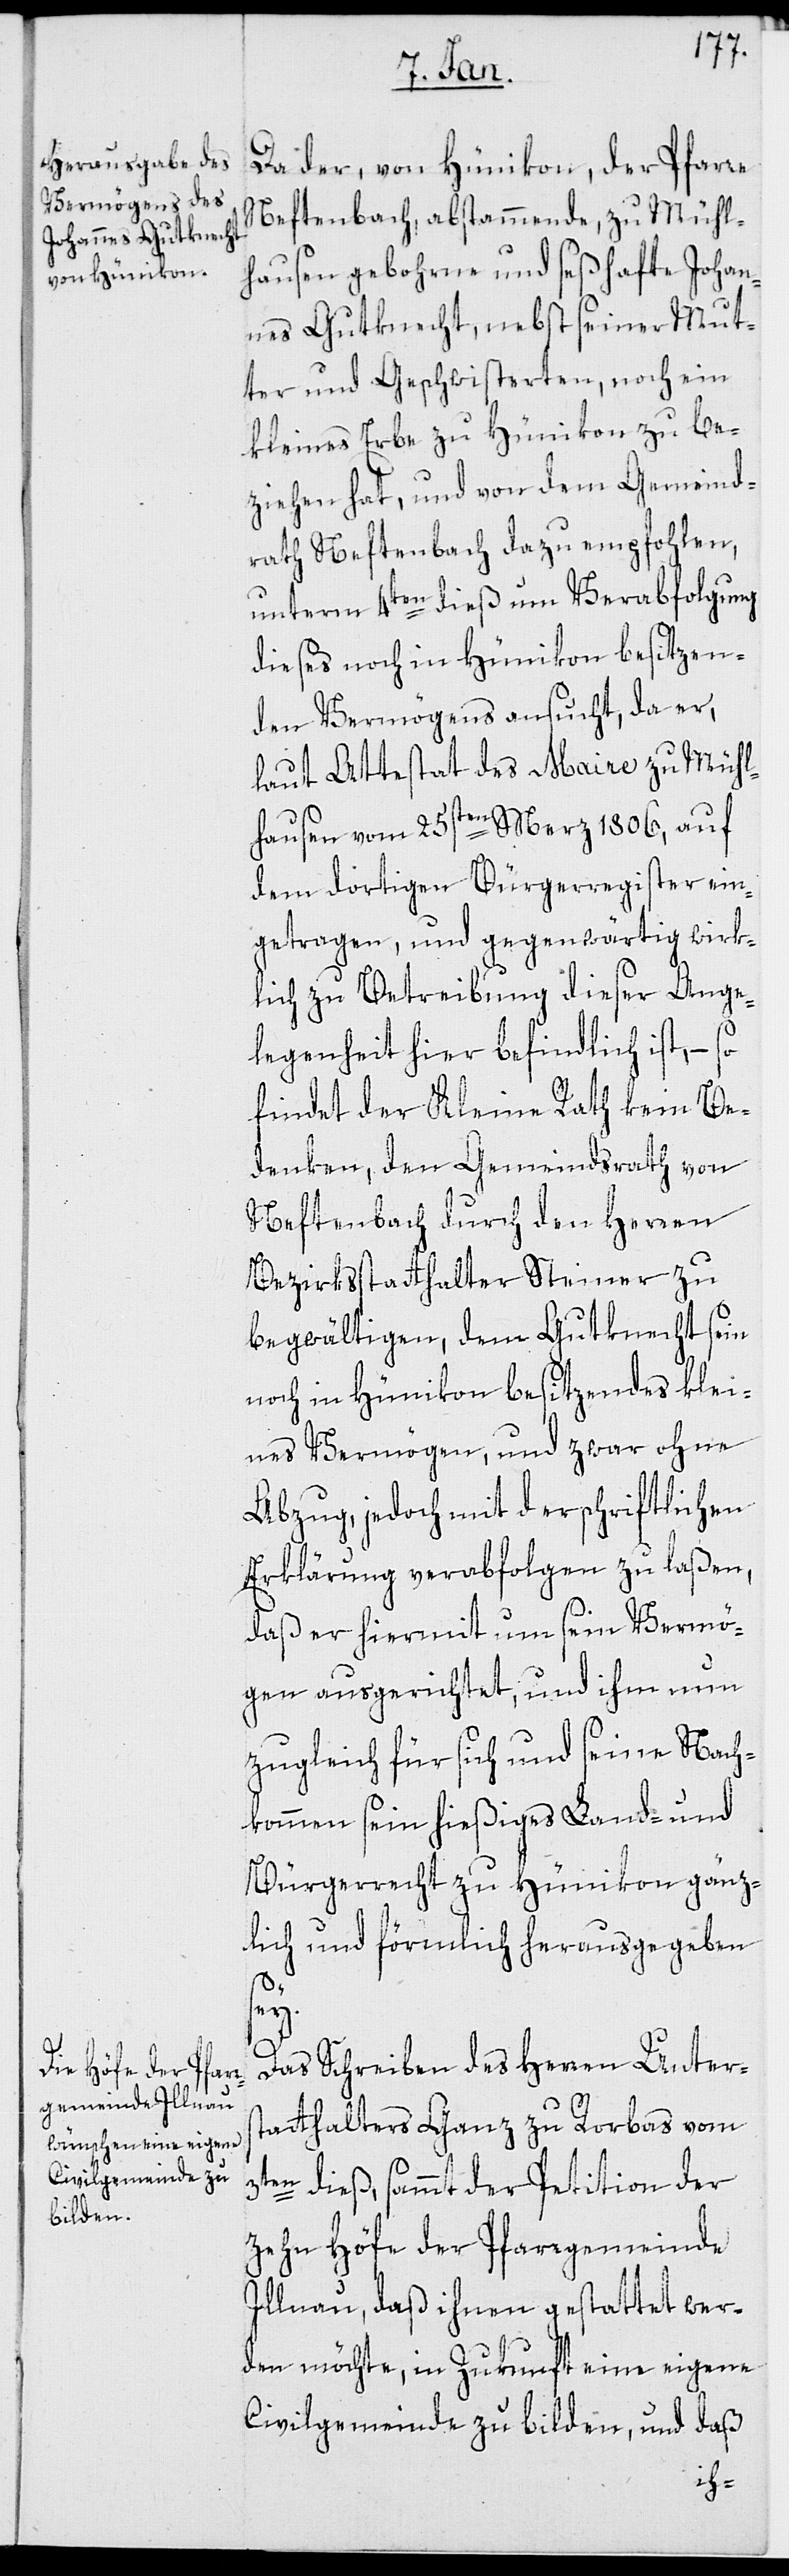
Da der, von Hünikon, der Pfarre
Neftenbach, abstammende zu Mühl¬
hausen gebohrne und seßhafte Johan¬
nes Gutknecht, nebst seiner Mut¬
ter und Geschwisterten, noch ein
kleines Erbe zu Hünikon zu be¬
ziehen hat, und von dem Gemeind¬
rath Neftenbach dazu empfohlen,
unterm 4ten dieß um Verabfolgung
dieses noch in Hünikon besitzen¬
den Vermögens ansucht, da er,
laut Attestat des Maire zu Mühl¬
hausen vom 25sten Merz 1806, auf
dem dortigen Bürgerregister ein¬
getragen, und gegenwärtig wirk¬
lich zu Betreibung dieser Ange¬
legenheit hier befindlich ist, – so
findet der Kleine Rath kein Be¬
denken, den Gemeindrath von
Neftenbach durch den Herren
Bezirksstatthalter Steiner zu
begwältigen, dem Gutknecht sein
noch in Hünikon besitzendes klei¬
nes Vermögens, und zwar ohne
Abzug, jedoch mit der schriftlichen
Erklärung verabfolgen zu laßen,
daß er hiermit um sein Vermö¬
gen ausgerichtet, und ihm nun
zugleich für sich und seine Nach¬
kommen sein hießiges Land- und
Bürgerrecht zu Hünikon gänz¬
lich und förmlich herausgegeben
sey.
Das Schreiben des Herren Unters¬
tatthalters Ganz zu Rorbas vom
3ten dieß, sammt der Petition der
zehn Höfe der Pfarrgemeinde
Illnau, daß ihnen gestattet wer¬
den möchte, in Zukunft eine eigene
Civilgemeinde zu bilden, und daß